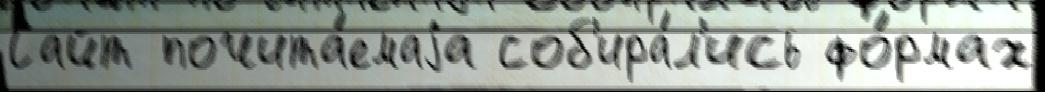
Сайт почита́емаjа соб'ира́л'ись фо́рмах